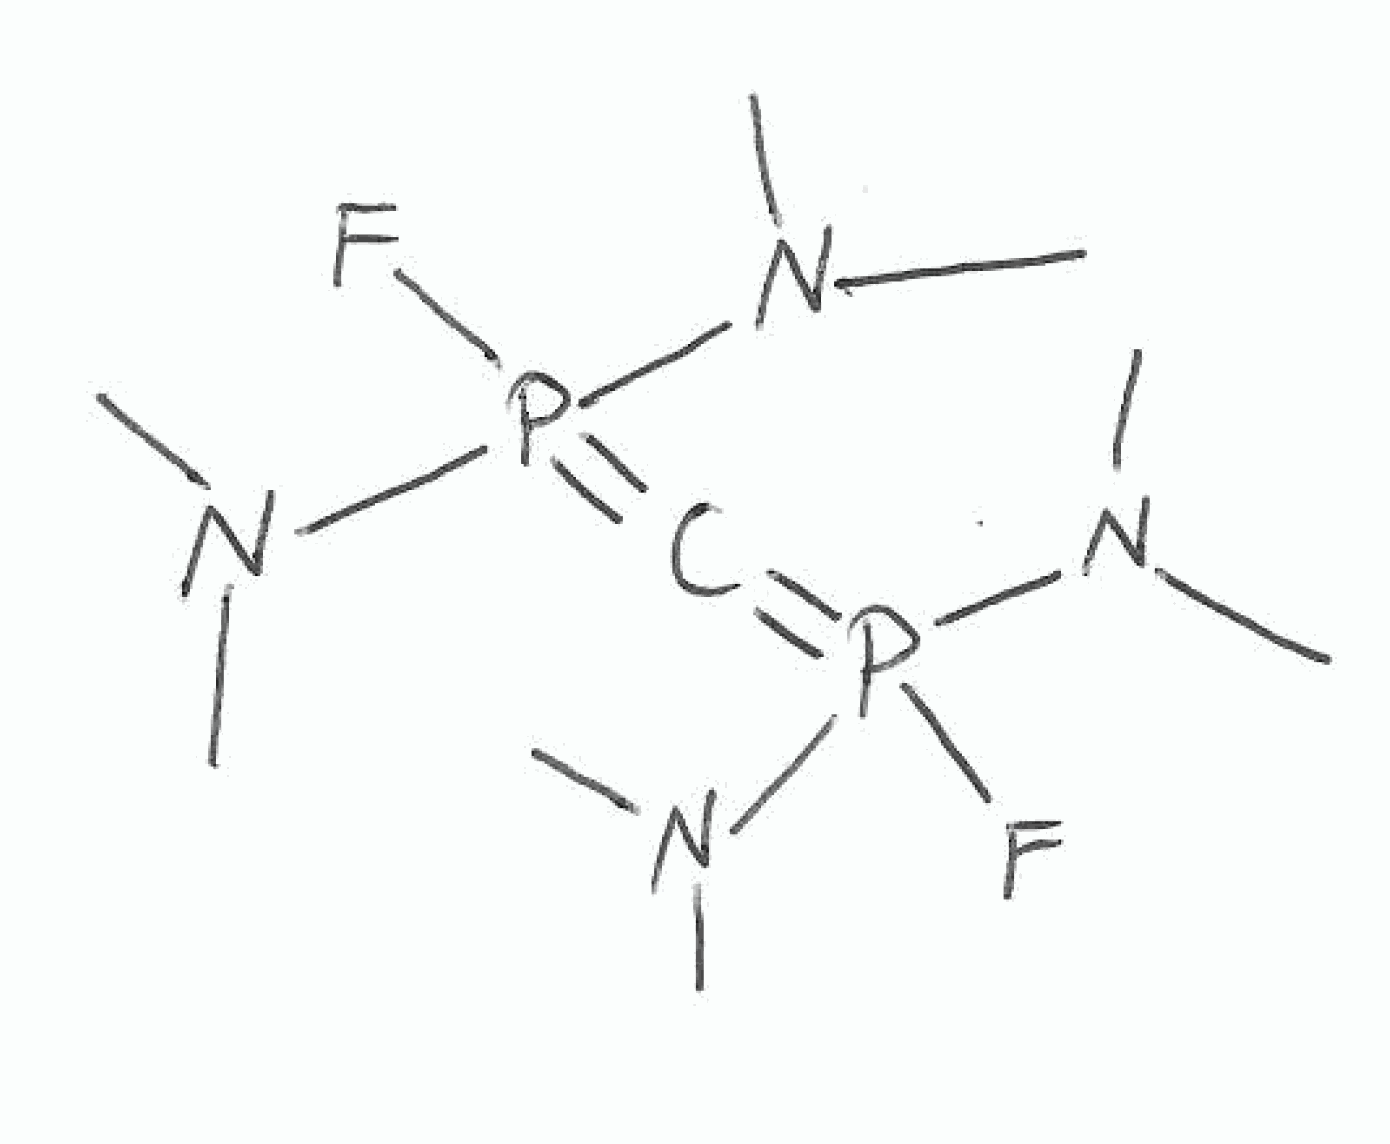
Simplified molecular-input line-entry system (SMILES) notation of the given molecule:
CN(C)P(=C=P(N(C)C)(N(C)C)F)(N(C)C)F